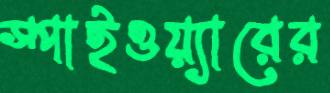
স্পাইওয়্যারের